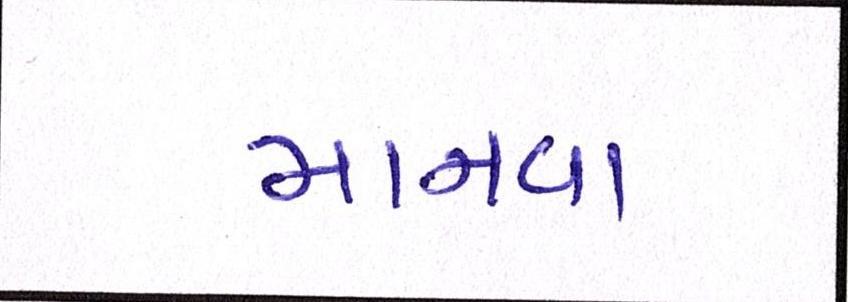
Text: માનવા